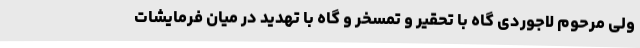
ولی مرحوم لاجوردی گاه با تحقیر و تمسخر و گاه با تهدید در میان فرمایشات